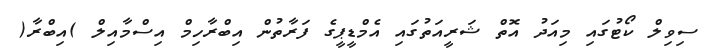
ސިވިލް ކޯޓުގައި މިއަދު އޮތް ޝަރީއަތުގައި އެމްޑީޕީގެ ފަރާތުން އިބްރާހިމް އިސްމާއިލް )އިބްރާ(